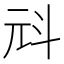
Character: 㪴